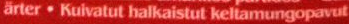
arter.Kulvatut halkaistut keltamungopavut